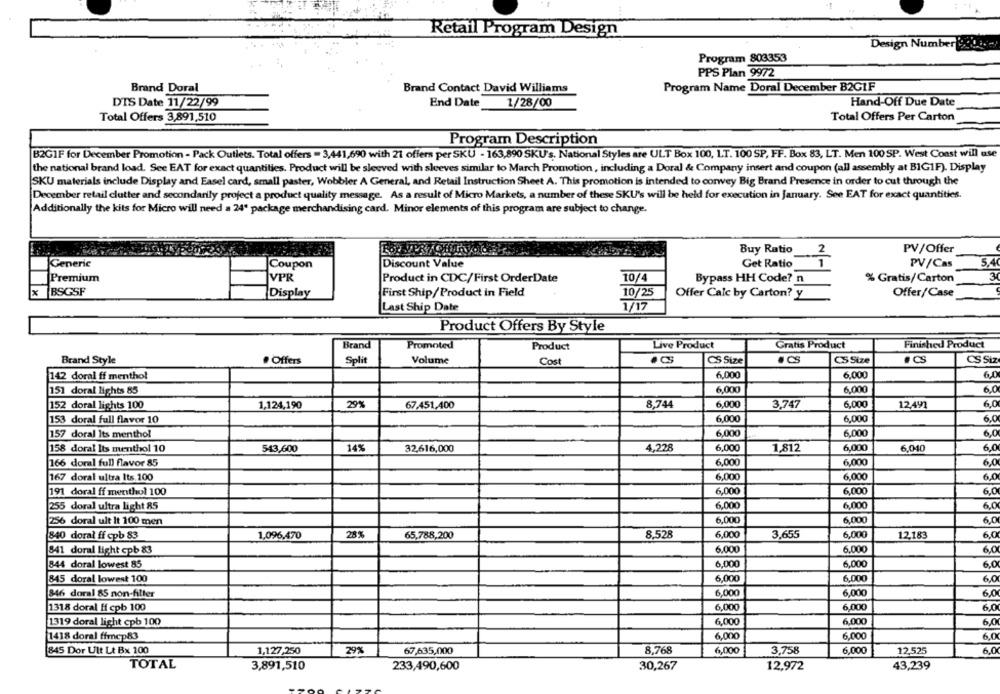
Retail Program Design
Design Number (930 ey
Program 803353
PPS Plan 9972
Brand Doral
Brand Contact David Williams
Program Name Doral December B2G1F
DTS Date 11/22/99
End Date
1/28/00
Hand-Off Due Date
Total Offers 3,891,510
Total Offers Per Carton
Program Description
B2GIF for December Promotion - Pack Outlets. Total offers - 3,441,690 with 21 offers per SKU - 163,890 SKU's, National Styles are ULT Box 100, LT. 100 SP, FF. Box 83, LT. Men 100 SP. West Coast will use
the national brand load. See EAT for exact quantities. Product will be sleeved with sleeves similar to March Promotion, including a Doral & Company insert and coupon (all assembly at BIG1F). Display
SKU materials include Display and Easel card, small paster, Wobbler A General, and Retail Instruction Sheet A. This promotion is intended to convey Big Brand Presence in order to cut through the
December retail clutter and secondarily project a product quality message. As a result of Micro Markets, a number of these SKU's will be held for execution in January. See EAT for exact quantities.
Additionally the kits for Micro will need a 24" package merchandising card. Minor elements of this program are subject to change.
Buy Ratio
PV/Offer
2
Generic
Coupon
Discount Value
Get Ratio
1
PV/Cas
Premium
VPR
Product in CDC/First OrderDate
3
10/4
Bypass HH Code? n
% Gratis/Carton
x
BSGSF
First Ship/Product in Field
Display
10/25
Offer Calc by Carton? y
Offer/Case
Last Ship Date
1/17
Product Offers By Style
Brand
Promoted
Product
Live Product
Gratis Product
Finished Product
Brand Style
. Offers
Split
Volume
Cost
CS Size
CS Size
.CS
CS Siz
6,000
6,000
6,0
142 doral ff menthol
6,000
6.000
151 doral lights 85
6,0
6,000
6,000
152 doral lights 100
1,124,190
29%
67.451,400
8,744
3,747
12,497
6,0
153 doral full flavor 10
6,000
6,000
6,0
157 doral Its menthol
6,000
6,000
6,0
158 doral Its menthol 10
543,600
14%
32,616,000
4,228
6,000
1,812
6,000
6,040
6,0
166 doral full flavor 85
6,000
6,000
6,0
167 doral ultra Its 100
6,000
6,000
6,0
191 doral ff menthol 100
6.000
6,000
6,0
255 doral ultra light 85
6,000
6,000
6,0
256 doral ult It 100 men
6,000
6,000
6,0
1,096,470
28%
65,788,200
8,528
6,000
3,655
6,000
12,183
840 doral ff cpb 83
6,0
6.000
841 doral light cpb 83
6.000
6,0
844 doral lowest 85
6.000
6.000
6,0
845 doral lowest 100
6,000
6,000
6,0
846 doral 85 non-filter
6,000
6,000
6,0
1318 doral ff cpb 100
6,000
6.000
6,0
1319 doral light cpb 100
6,000
6,000
6,0
1418 doral ffrcp83
6,000
6,000
6,0
845 Dor Ult Lt Bx 100
1,127,250
29%
67,635,000
8,768
6,000
3,758
6,000
12,525
6,0
TOTAL
30,267
12,972
43,239
3,891,510
233,490,600